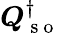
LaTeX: \boldsymbol{Q}_{\mathrm{~s~o~}}^{\dagger}